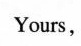
Yours，